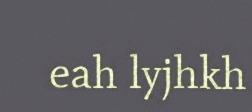
eah lyjhkh